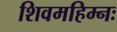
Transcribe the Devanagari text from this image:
शिवमहिम्नः